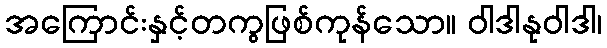
အကြောင်းနှင့်တကွဖြစ်ကုန်သော။ ဝါဒါနုဝါဒါ၊